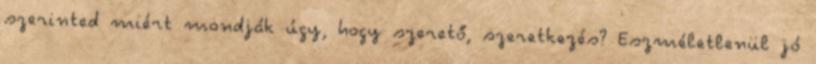
szerinted miért mondják úgy, hogy szerető, szeretkezés? Eszméletlenül jó